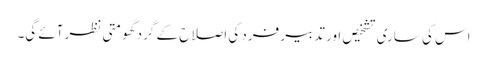
اس کی ساری تشخیص اور تدبیر فرد کی اصلاح کے گرد گھومتی نظر آئے گی۔